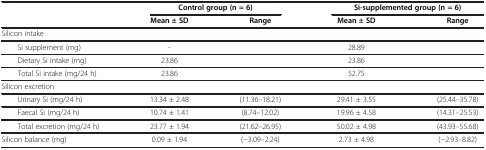
<table><thead><tr><td><b> </b></td><td colspan="2"><b>Control group (n = 6)</b></td><td colspan="2"><b>Si-supplemented group (n = 6)</b></td></tr><tr><td><b> </b></td><td><b>Mean ± SD</b></td><td><b>Range</b></td><td><b>Mean ± SD</b></td><td><b>Range</b></td></tr></thead><tbody><tr><td>Silicon intake</td><td> </td><td> </td><td> </td><td> </td></tr><tr><td>Si supplement (mg)</td><td>-</td><td> </td><td>28.89</td><td> </td></tr><tr><td>Dietary Si intake (mg)</td><td>23.86</td><td> </td><td>23.86</td><td> </td></tr><tr><td>Total Si intake (mg/24 h)</td><td>23.86</td><td> </td><td>52.75</td><td> </td></tr><tr><td>Silicon excretion</td><td> </td><td> </td><td> </td><td> </td></tr><tr><td>Urinary Si (mg/24 h)</td><td>13.34 ± 2.48</td><td>(11.36–18.21)</td><td>29.41 ± 3.55</td><td>(25.44–35.78)</td></tr><tr><td>Faecal Si (mg/24 h)</td><td>10.74 ± 1.41</td><td>(8.74–12.02)</td><td>19.96 ± 4.58</td><td>(14.31–25.53)</td></tr><tr><td>Total excretion (mg/24 h)</td><td>23.77 ± 1.94</td><td>(21.62–26.95)</td><td>50.02 ± 4.98</td><td>(43.93–55.68)</td></tr><tr><td>Silicon balance (mg)</td><td>0.09 ± 1.94</td><td>(-3.09–2.24)</td><td>2.73 ± 4.98</td><td>(-2.93–8.82)</td></tr></tbody></table>